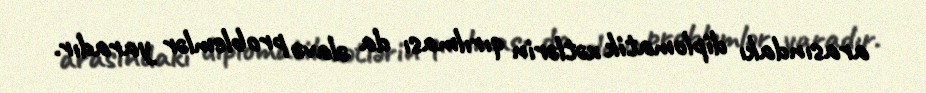
arasındakı diplomatik xətlərin qırılması da əlavə problemlər yaradır.